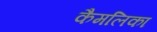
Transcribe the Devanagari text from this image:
कैमलिका